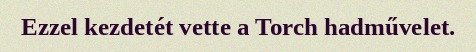
Ezzel kezdetét vette a Torch hadművelet.